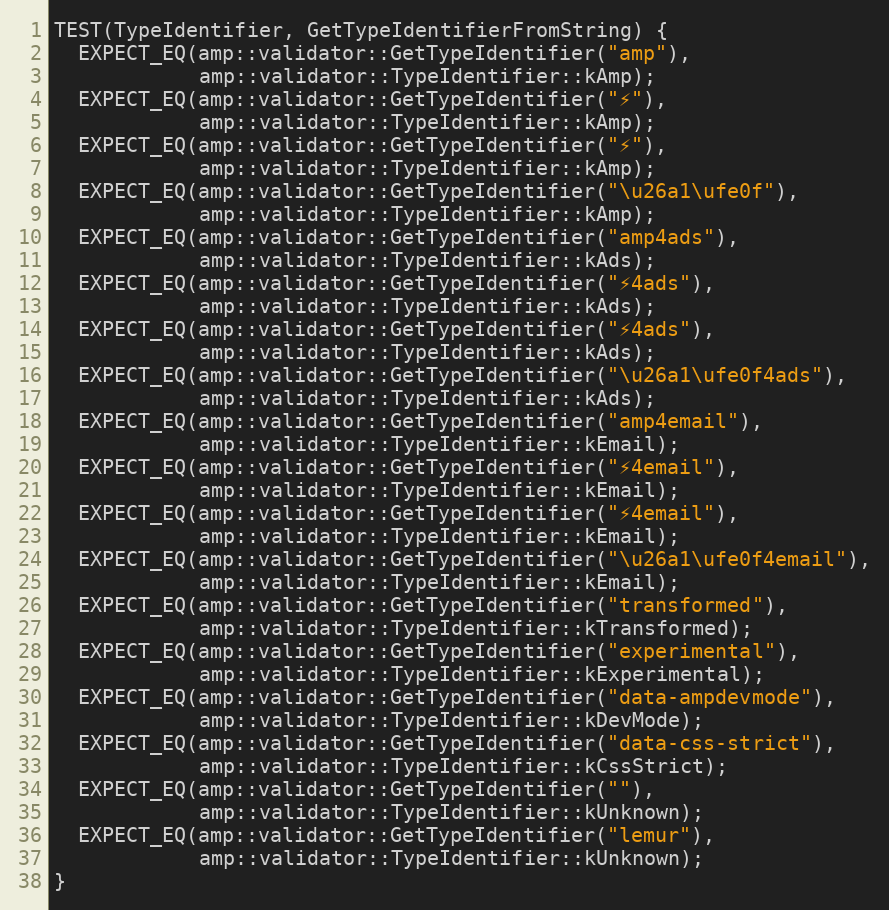
Language: C++
TEST(TypeIdentifier, GetTypeIdentifierFromString) {
  EXPECT_EQ(amp::validator::GetTypeIdentifier("amp"),
            amp::validator::TypeIdentifier::kAmp);
  EXPECT_EQ(amp::validator::GetTypeIdentifier("⚡"),
            amp::validator::TypeIdentifier::kAmp);
  EXPECT_EQ(amp::validator::GetTypeIdentifier("⚡️"),
            amp::validator::TypeIdentifier::kAmp);
  EXPECT_EQ(amp::validator::GetTypeIdentifier("\u26a1\ufe0f"),
            amp::validator::TypeIdentifier::kAmp);
  EXPECT_EQ(amp::validator::GetTypeIdentifier("amp4ads"),
            amp::validator::TypeIdentifier::kAds);
  EXPECT_EQ(amp::validator::GetTypeIdentifier("⚡4ads"),
            amp::validator::TypeIdentifier::kAds);
  EXPECT_EQ(amp::validator::GetTypeIdentifier("⚡️4ads"),
            amp::validator::TypeIdentifier::kAds);
  EXPECT_EQ(amp::validator::GetTypeIdentifier("\u26a1\ufe0f4ads"),
            amp::validator::TypeIdentifier::kAds);
  EXPECT_EQ(amp::validator::GetTypeIdentifier("amp4email"),
            amp::validator::TypeIdentifier::kEmail);
  EXPECT_EQ(amp::validator::GetTypeIdentifier("⚡4email"),
            amp::validator::TypeIdentifier::kEmail);
  EXPECT_EQ(amp::validator::GetTypeIdentifier("⚡️4email"),
            amp::validator::TypeIdentifier::kEmail);
  EXPECT_EQ(amp::validator::GetTypeIdentifier("\u26a1\ufe0f4email"),
            amp::validator::TypeIdentifier::kEmail);
  EXPECT_EQ(amp::validator::GetTypeIdentifier("transformed"),
            amp::validator::TypeIdentifier::kTransformed);
  EXPECT_EQ(amp::validator::GetTypeIdentifier("experimental"),
            amp::validator::TypeIdentifier::kExperimental);
  EXPECT_EQ(amp::validator::GetTypeIdentifier("data-ampdevmode"),
            amp::validator::TypeIdentifier::kDevMode);
  EXPECT_EQ(amp::validator::GetTypeIdentifier("data-css-strict"),
            amp::validator::TypeIdentifier::kCssStrict);
  EXPECT_EQ(amp::validator::GetTypeIdentifier(""),
            amp::validator::TypeIdentifier::kUnknown);
  EXPECT_EQ(amp::validator::GetTypeIdentifier("lemur"),
            amp::validator::TypeIdentifier::kUnknown);
}